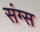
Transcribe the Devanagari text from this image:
संग्स